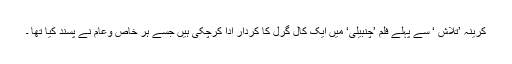
کرینہ ’تلاش ‘ سے پہلے فلم ’چنبیلی‘ میں ایک کال گرل کا کردار ادا کرچکی ہیں جسے ہر خاص وعام نے پسند کیا تھا ۔